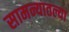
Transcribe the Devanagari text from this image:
सामन्यातल्या